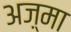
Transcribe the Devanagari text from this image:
अज़्मा